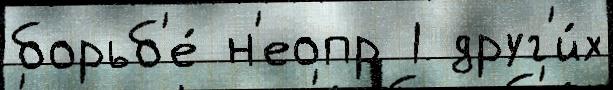
борьб'е́ н'еопр 1 друг'и́х